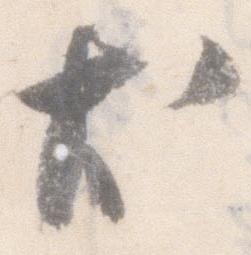
尤